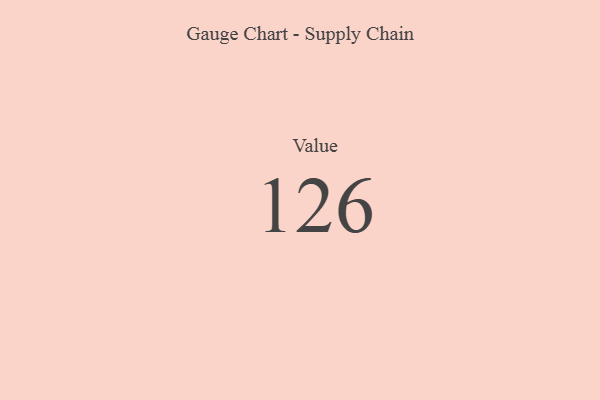
{"axis": {"x": "Metric", "y": "Value"}, "legend": [""], "data": [{"x": "Value", "y": 126, "type": ""}]}